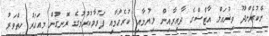
ނޭކުރެންދޫ ވިޜުއަލް އާޓްސްގެ ދާއިރާއިން ލިޔުމާއި ކުރެހުމާއި ފަރުމާކުރުމުގެ ރޮނގުން މިއަހަރު ހިތްވަރު